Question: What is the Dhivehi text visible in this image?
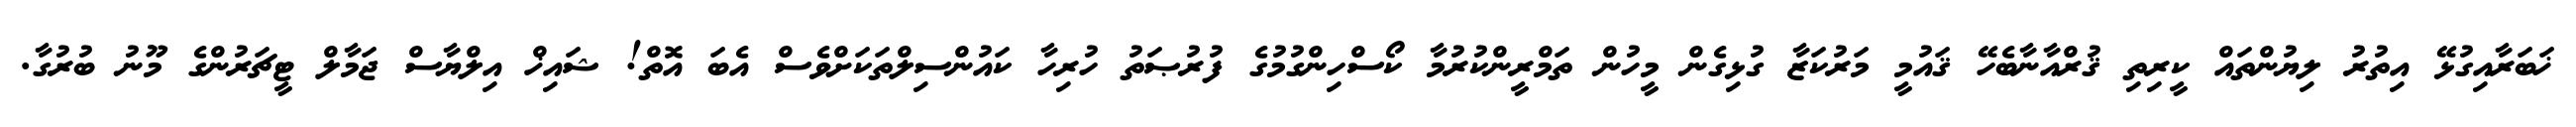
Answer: ޚަބަރާއިގުޅޭ އިތުރު ލިޔުންތައް ކީރިތި ޤުރްއާނާބެހޭ ޤައުމީ މަރުކަޒާ ގުޅިގެން މީހުން ތަމްރީންކުރުމާ ކޯސްހިންގުމުގެ ފުރުޞަތު ހުރިހާ ކައުންސިލްތަކަށްވެސް އެބަ އޮތް! ޝައިޚް އިލްޔާސް ޖަމާލް ޓީޗަރުންގެ މޫނު ބުރުގާ.